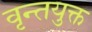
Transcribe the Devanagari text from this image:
वृन्तयुक्त